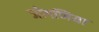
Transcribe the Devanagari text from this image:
जोगणिया